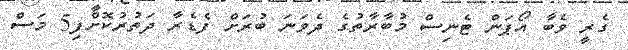
ގެރީ ވެބާ އޯޕަން ޓެނިސް މުބާރާތުގެ ދެވަނަ ބުރަށް ފެޑެރާ ދަތުރުކޮށްފި5 މަސް